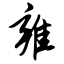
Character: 雍